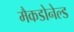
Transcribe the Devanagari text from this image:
मैकडोनेल्ड